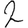
Digit: 2